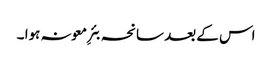
اس کے بعد سانحہ بئرِ معونہ ہوا ۔